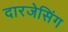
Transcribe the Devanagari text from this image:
दारजेसिंग